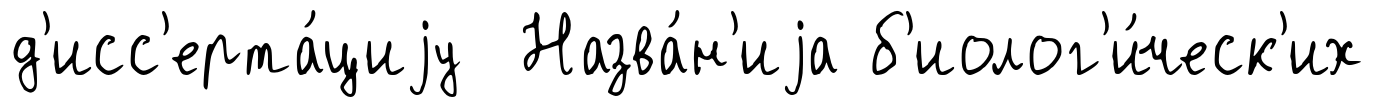
д'исс'ерта́циjу Назва́н'иjа б'иолог'и́ческ'их